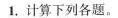
1.计算下列各题。